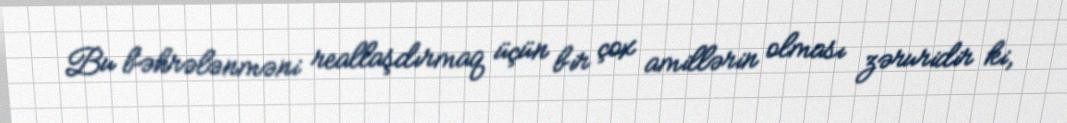
Bu bəhrələnməni reallaşdırmaq üçün bir çox amillərin olması zəruridir ki,